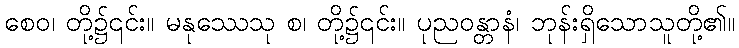
စေဝ၊ တို့၌၎င်း။ မနုဿေသု စ၊ တို့၌၎င်း။ ပုညဝန္တာနံ၊ ဘုန်းရှိသောသူတို့၏။